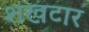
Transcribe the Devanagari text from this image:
शखटार